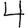
Digit: 4